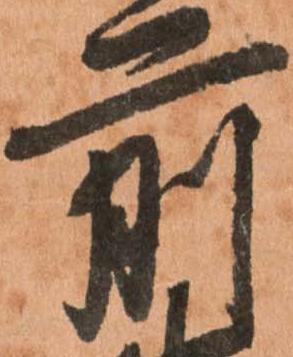
前